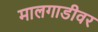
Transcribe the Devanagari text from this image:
मालगाडीवर